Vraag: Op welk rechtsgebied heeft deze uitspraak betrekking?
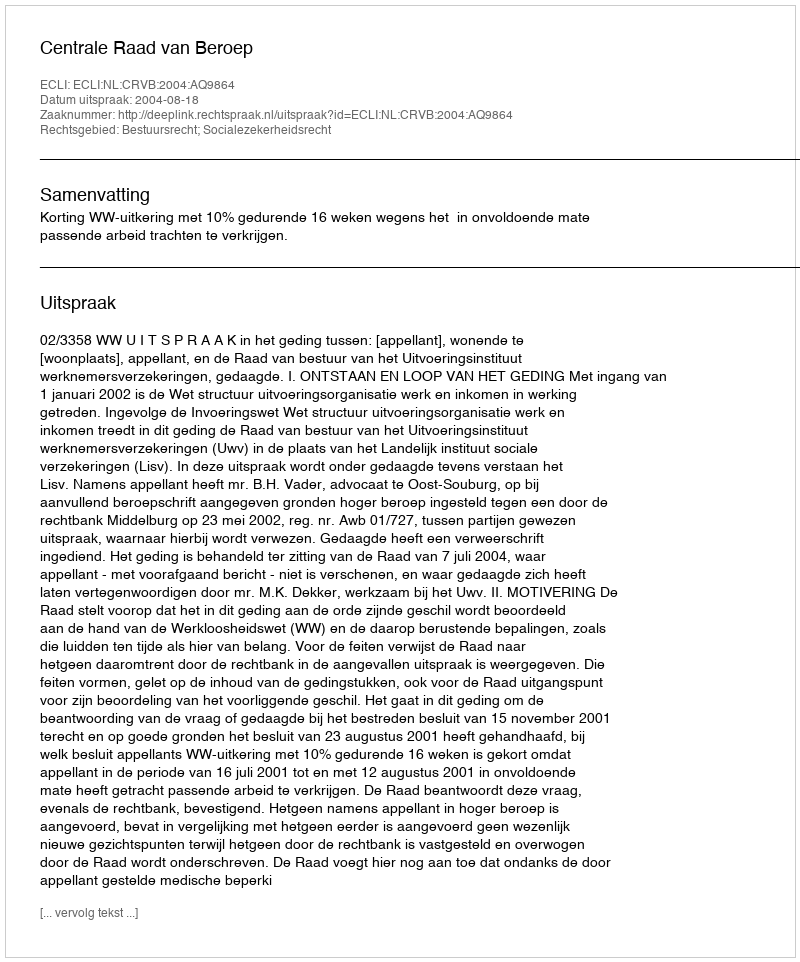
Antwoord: Bestuursrecht; Socialezekerheidsrecht